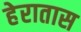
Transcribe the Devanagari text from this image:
हेरातास